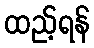
ထည့်ရန်